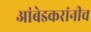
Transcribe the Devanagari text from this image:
आंबेडकरांनीच